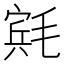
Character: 𬇄